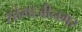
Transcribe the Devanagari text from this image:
सांभाजीनगर